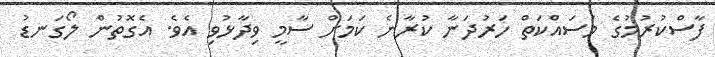
ފާސްކުރުމުގެ މަސައްކަތް ހަރުދަނާ ކުރާނެ ކަމަށް ސާމީ ވިދާޅުވި އެވެ. އެގޮތުން ލޯގަނޑު